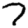
Digit: 7